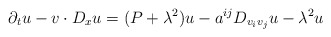
\begin{align*} \partial_t u - v \cdot D_x u = (P + \lambda^2) u - a^{i j} D_{v_i v_j} u - \lambda^2 u\end{align*}